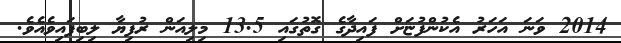
2014 ވަނަ އަހަރު އެކުންފުޏަށް ފައިދާގެ ގޮތުގައި 13.5 މިލިއަން ރުފިޔާ ލިބިފައިވެއެވެ.